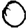
Digit: 0